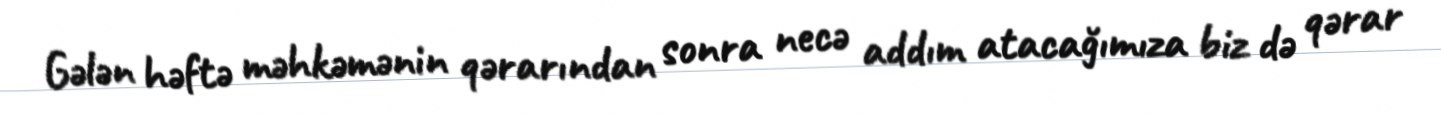
Gələn həftə məhkəmənin qərarından sonra necə addım atacağımıza biz də qərar